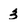
Character: 3